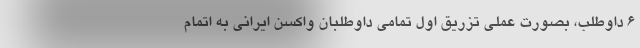
۶ داوطلب، بصورت عملی تزریق اول تمامی داوطلبان واکسن ایرانی به اتمام